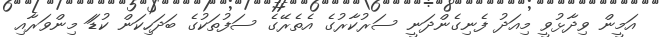
އަމީން ވިދާޅުވީ މިއަދު ފެނިގެންދަނީ ސަރުކާރުގެ އެތެރޭގެ ސަފުތަކުގެ ބަދަހިކަން ކުޑަަ މިންވަރާއި